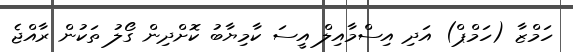
ހަމްޒާ (ހަމްޕް) އަދި އިސްމާއިލް އީސަ ކާމިޔާބު ކޮށްދިން ގޯލު ތަކުން ރާއްޖެ